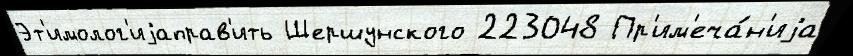
Эт'имолог'иjаправ'ить Шершунского 223048 Пр'им'еча́н'иjа